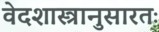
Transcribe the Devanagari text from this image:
वेदशास्त्रानुसारतः